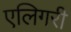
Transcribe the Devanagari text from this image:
एलिगरी